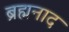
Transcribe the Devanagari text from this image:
ब्रह्मनाद